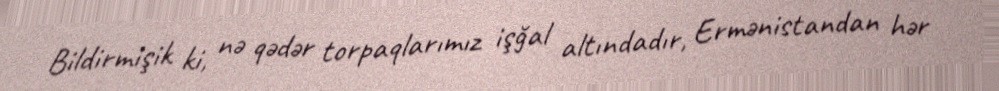
Bildirmişik ki, nə qədər torpaqlarımız işğal altındadır, Ermənistandan hər